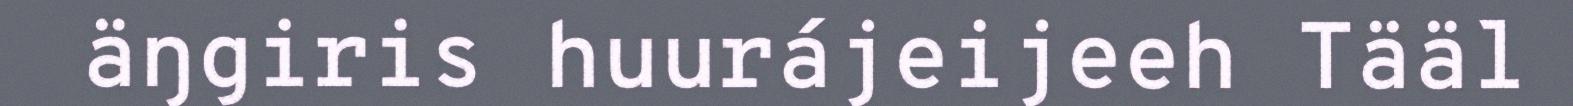
äŋgiris huurájeijeeh Tääl